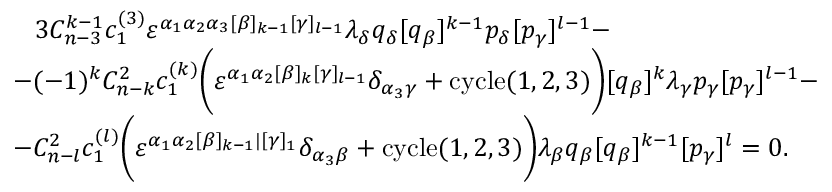
\begin{array} { l } { { \, \, \, \, \, 3 C _ { n - 3 } ^ { k - 1 } c _ { 1 } ^ { ( 3 ) } \varepsilon ^ { \alpha _ { 1 } \alpha _ { 2 } \alpha _ { 3 } [ \beta ] _ { k - 1 } [ \gamma ] _ { l - 1 } } \lambda _ { \delta } q _ { \delta } [ q _ { \beta } ] ^ { k - 1 } p _ { \delta } [ p _ { \gamma } ] ^ { l - 1 } - } } \\ { { - ( - 1 ) ^ { k } C _ { n - k } ^ { 2 } c _ { 1 } ^ { ( k ) } \biggl ( \varepsilon ^ { \alpha _ { 1 } \alpha _ { 2 } [ \beta ] _ { k } [ \gamma ] _ { l - 1 } } \delta _ { \alpha _ { 3 } \gamma } + \mathrm { c y c l e } ( 1 , 2 , 3 ) \biggr ) [ q _ { \beta } ] ^ { k } \lambda _ { \gamma } p _ { \gamma } [ p _ { \gamma } ] ^ { l - 1 } - } } \\ { { - C _ { n - l } ^ { 2 } c _ { 1 } ^ { ( l ) } \biggl ( \varepsilon ^ { \alpha _ { 1 } \alpha _ { 2 } [ \beta ] _ { k - 1 } | [ \gamma ] _ { 1 } } \delta _ { \alpha _ { 3 } \beta } + \mathrm { c y c l e } ( 1 , 2 , 3 ) \biggr ) \lambda _ { \beta } q _ { \beta } [ q _ { \beta } ] ^ { k - 1 } [ p _ { \gamma } ] ^ { l } = 0 . } } \end{array}